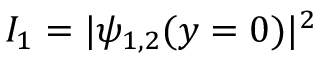
I _ { 1 } = | \psi _ { 1 , 2 } ( y = 0 ) | ^ { 2 }